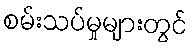
စမ်းသပ်မှုများတွင်